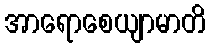
အာရောစေယျာမာတိ